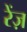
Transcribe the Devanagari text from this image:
रेंज़